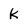
Character: k